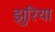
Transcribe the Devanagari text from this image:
झुरिया